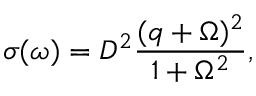
\sigma ( \omega ) = D ^ { 2 } \frac { ( q + \Omega ) ^ { 2 } } { 1 + { \Omega } ^ { 2 } } ,